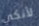
لأنكي